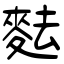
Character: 麮